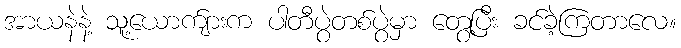
အာယနဲနဲ့ သူ့ယောက်ျားက ပါတီပွဲတစ်ပွဲမှာ တွေ့ပြီး ခင်ခဲ့ကြတာလေ။